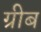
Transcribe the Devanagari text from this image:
ग्रीब